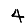
Digit: 4